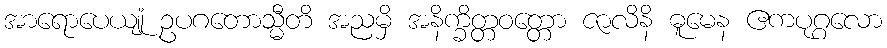
အာရောပေယျုံ ဥပဂတောသ္မီတိ အညမှိ အနိက္ခိတ္တဝတ္တော ဇာလိနိ ဓူမေန ဧကပုဂ္ဂလော